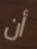
أن